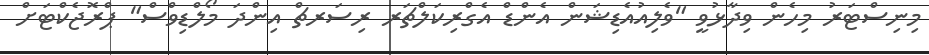
މިނިސްޓަރު މިހެން ވިދާޅުވީ "ވެލިއުއެޑިޝަން އެންޑް އެގްރިކަލްޗަރ ރިސަރޗް އިންދަ މޯލްޑިވްސް" ޕްރޮޖެކްޓަށް